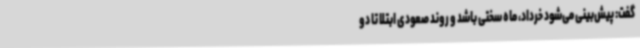
گفت: پیش‌بینی می‌شود خرداد، ماه سختی باشد و روند صعودی ابتلا تا دو